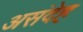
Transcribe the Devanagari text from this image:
असंदेह